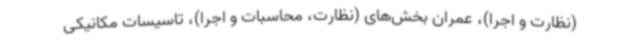
(نظارت و اجرا)، عمران بخش‌های (نظارت، محاسبات و اجرا)، تاسیسات مکانیکی